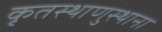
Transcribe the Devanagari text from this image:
कृतस्थाणुस्थाना